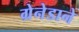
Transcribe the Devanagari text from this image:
ग्रेनेडाने